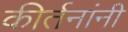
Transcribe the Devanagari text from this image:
कीर्तनांनी